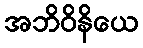
အဘိဝိနိယေ